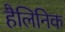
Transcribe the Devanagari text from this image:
हैलिनिक